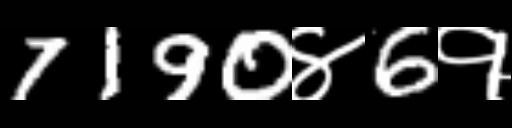
Text: 7190४6१